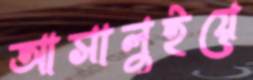
আসালুইয়ে